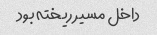
داخل مسیر ریخته بود